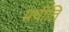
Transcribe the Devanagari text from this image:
प्रचीति